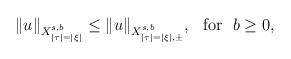
LaTeX: \begin{align*}\|u\|_{X^{s,b}_{|\tau|=|\xi|}}\leq\|u\|_{X_{|\tau|=|\xi|, \pm}^{s,b}},\ \ \mbox{for}\ \ b\geq0,\end{align*}